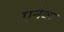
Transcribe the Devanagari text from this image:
एनेक